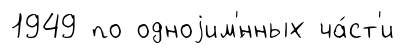
1949 по одноjим'́нных ча́ст'и